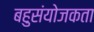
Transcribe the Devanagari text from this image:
बहुसंयोजकता